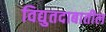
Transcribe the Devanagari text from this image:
विद्युतदाबातील